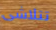
تتلاشى